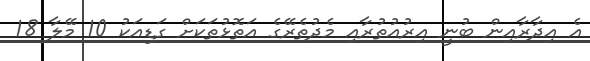
އެ އިދާރާއިން ބުނީ އިރުއުތުރާއި މެދުތެރޭގެ އަތޮޅުތަކަށް ގަޑިއަކު 10 މޭލާ 18